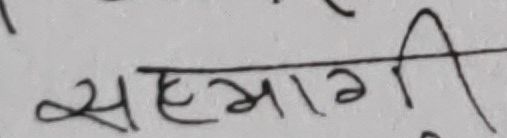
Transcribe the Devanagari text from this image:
सहभागी